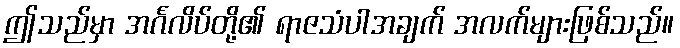
ဤသည်မှာ အင်္ဂလိပ်တို့၏ ရာဇသံပါအချက် အလက်များဖြစ်သည်။